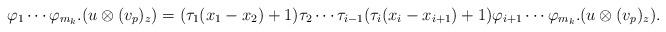
LaTeX: \begin{align*} \varphi_1 \cdots \varphi_{m_k} . (u \otimes (v_p)_z) = (\tau_1 (x_1 - x_2) + 1) \tau_2 \cdots \tau_{i-1} (\tau_i (x_i - x_{i+1}) + 1) \varphi_{i+1} \cdots \varphi_{m_k} . (u \otimes (v_p)_z). \end{align*}